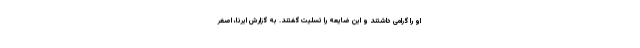
او را گرامی داشتند و این ضایعه را تسلیت گفتند. به گزارش ایرنا، اصغر